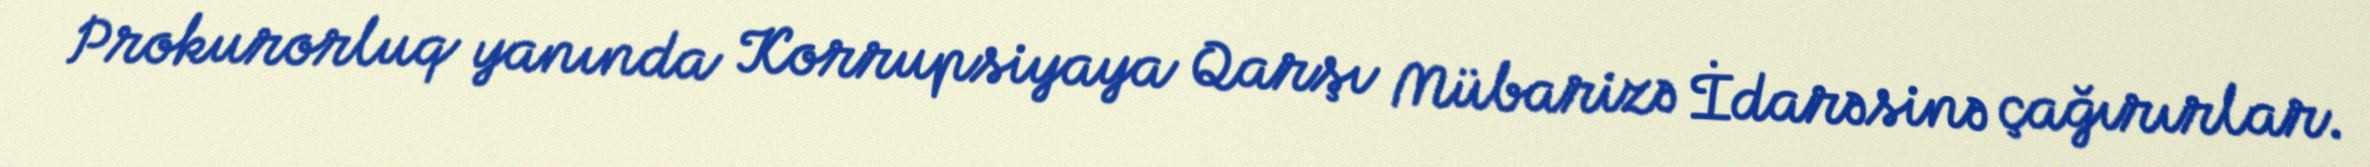
Prokurorluq yanında Korrupsiyaya Qarşı Mübarizə İdarəsinə çağırırlar.